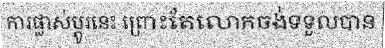
ការផ្លាស់ប្តូរនេះ ព្រោះតែលោកចង់ទទួលបាន